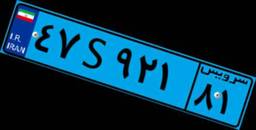
۶۰S۵۵۴۰۴